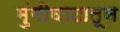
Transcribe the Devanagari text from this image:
मुंगीघाटातून